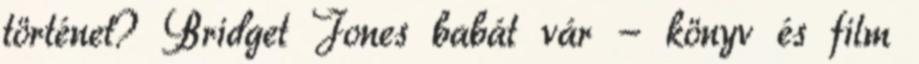
történet? Bridget ​Jones babát vár - könyv és film